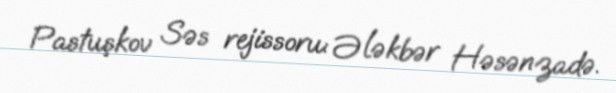
Pastuşkov Səs rejissoru: Ələkbər Həsənzadə.